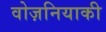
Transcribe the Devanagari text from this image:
वोज़नियाकी